Investigations into the jail dietaries of the United Provinces with some observations on the influence of dietary on the physical development and well-being of the people of the United Provinces - Number 48
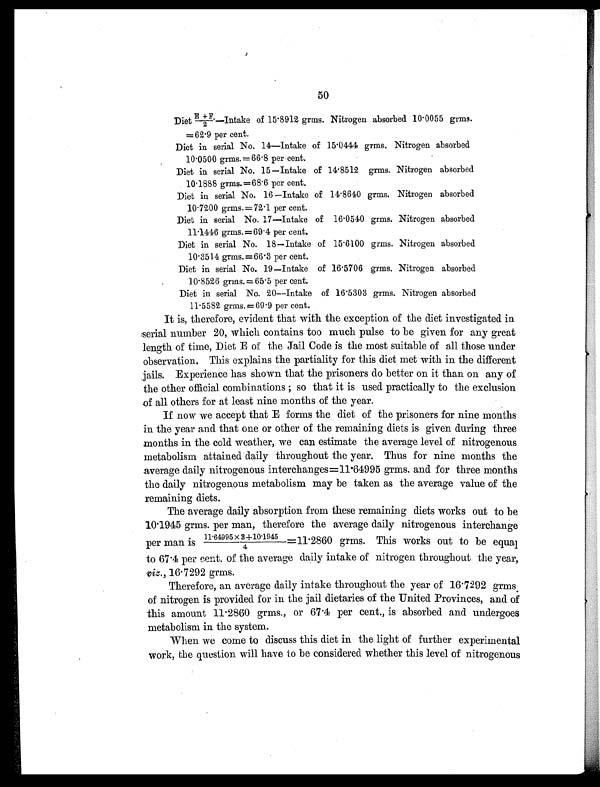
50
Diet E+F./2—Intake of 15 . 8912 grms. Nitrogen absorbed 10.0055 grms.
=62 .9 per cent.
Diet in serial No. 14—Intake of 15.0444 grms. Nitrogen absorbed
10 . 0500 grms.=66.8 per cent.
Diet in serial No. 15—Intake of 14.8512 grms. Nitrogen absorbed
10 . 1888 grms.=68.6 per cent.
Diet in serial No. 16—Intake of 14 . 8640 grms. Nitrogen absorbed
10 . 7200 grms. =72.1 per cent.
Diet in serial No. 17—Intake of 16 .0540 grms. Nitrogen absorbed
11.1446 grms. = 4 per cent.
Diet in serial No. 18—Intake of 15 . 6100 grms. Nitrogen absorbed
10 . 3514 grms. =66 . 3 per cent.
Diet in serial No. 19—Intake of 16 . 5706 grms. Nitrogen absorbed
10 . 8526 grms. =65 . 5 per cent.
Diet in serial No. 20—Intake of 16 . 5303 grms. Nitrogen absorbed
11 . 5582 grms.=69 . 9 per cent.
It is, therefore, evident that with the exception of the diet investigated in
serial number 20, which contains too much pulse to be given for any great
length of time, Diet E of the Jail Code is the most suitable of all those under
observation. This explains the partiality for this diet met with in the different
jails. Experience has shown that the prisoners do better on it than on any of
the other official combinations ; so that it is used practically to the exclusion
of all others for at least nine months of the year.
If now we accept that E forms the diet of the prisoners for nine months
in the year and that one or other of the remaining diets is given during three
months in the cold weather, we can estimate the average level of nitrogenous
metabolism attained daily throughout the year. Thus for nine months the
average daily nitrogenous interchanges =11.64995 grms. and for three months
the daily nitrogenous metabolism may be taken as the average value of the
remaining diets.
The average daily absorption from these remaining diets works out to be
10.1945 grms. per man, therefore the average daily nitrogenous interchange
per man is 11.64995
x 3 +10.1945/4 = 11.2860 grms. This works out to be equal
to 67.4 per cent. of the average daily intake of nitrogen throughout the year,
viz., 16.7292 grms.
Therefore, an average daily intake throughout the year of 161292 grms
of nitrogen is provided for in the jail dietaries of the United Provinces, and of
this amount 11.2860 grms., or 67.4 per cent., is absorbed and undergoes
metabolism in the system.
When we come to discuss this diet in the light of further experimental
work, the question will have to be considered whether this level of nitrogenous